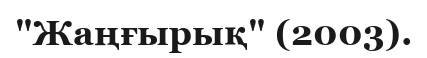
"Жаңғырық" (2003).